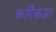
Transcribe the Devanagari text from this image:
करिकडा